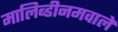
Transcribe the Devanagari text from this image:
मालिब्डीनमवाले